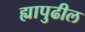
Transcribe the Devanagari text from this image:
ह्यापुढील